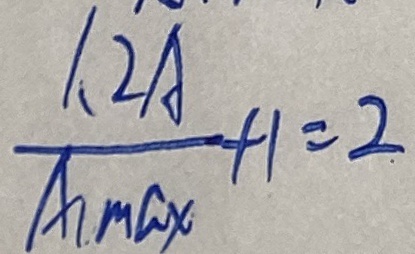
\frac { 1 . 2 A } { A _ { 1 } \max } + 1 = 2